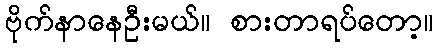
ဗိုက်နာနေဦးမယ်။ စားတာရပ်တော့။